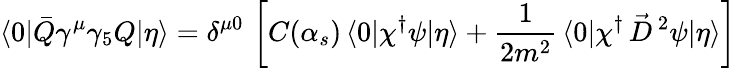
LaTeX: \langle 0|\bar{Q}\gamma^{\mu}\gamma_{5}Q|\eta\rangle=\delta^{\mu 0}\, \left[C(\alpha_{s})\, \langle 0|\chi^{\dagger}\psi|\eta\rangle+\frac{1}{2m^{2}}\, \langle 0|\chi^{\dagger}\, \vec{D}^{\, 2}\psi|\eta\rangle\right]